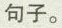
句子。